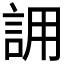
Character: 𮘄